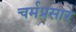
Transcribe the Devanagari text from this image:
चर्मप्रसार